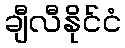
ချီလီနိုင်ငံ